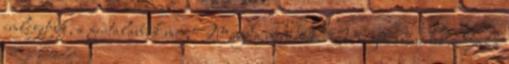
emlegetjük, a fiatalabbak meg Magda néninek, Magdi néninek. Soha